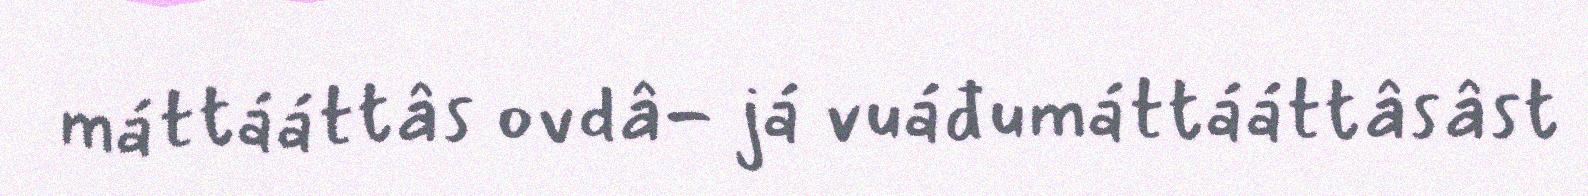
máttááttâs ovdâ- já vuáđumáttááttâsâst